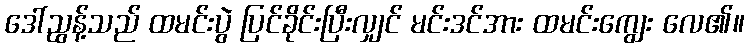
ဒေါ်ညွန့်သည် ထမင်းပွဲ ပြင်ခိုင်းပြီးလျှင် မင်းဒင်အား ထမင်းကျွေး လေ၏။